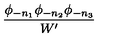
{ \frac { \phi _ { - n _ { 1 } } \phi _ { - n _ { 2 } } \phi _ { - n _ { 3 } } } { W ^ { \prime } } }